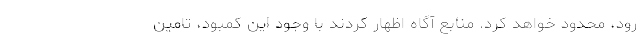
رود، محدود خواهد کرد. منابع آگاه اظهار کردند با وجود این کمبود، تامین